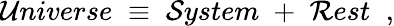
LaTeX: {\cal U}niverse\; \equiv\; {\cal S}ystem\; +\; {\cal R}est\; \; ,